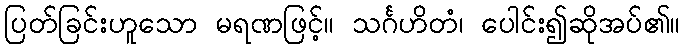
ပြတ်ခြင်းဟူသော မရဏဖြင့်။ သင်္ဂဟိတံ၊ ပေါင်း၍ဆိုအပ်၏။